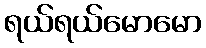
ရယ်ရယ်မောမော